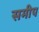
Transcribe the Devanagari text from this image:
समीप